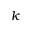
k